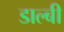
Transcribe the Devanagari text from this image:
डाल्बी